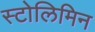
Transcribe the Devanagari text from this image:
स्टोलिमिन